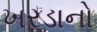
ખરડાનો